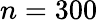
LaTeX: n=300